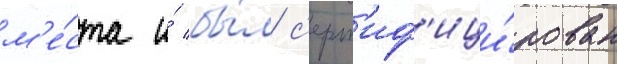
м'е́ста и́ бы́л с'ерт'иф'ици́рован